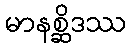
မာနစ္ဆိဒဿ